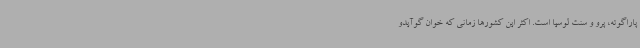
پاراگوئه، پرو و سنت لوسیا است. اکثر این کشورها زمانی که خوان گوآیدو